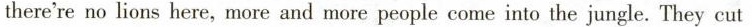
there're no lions here, more and more people come into the jungle. They cut